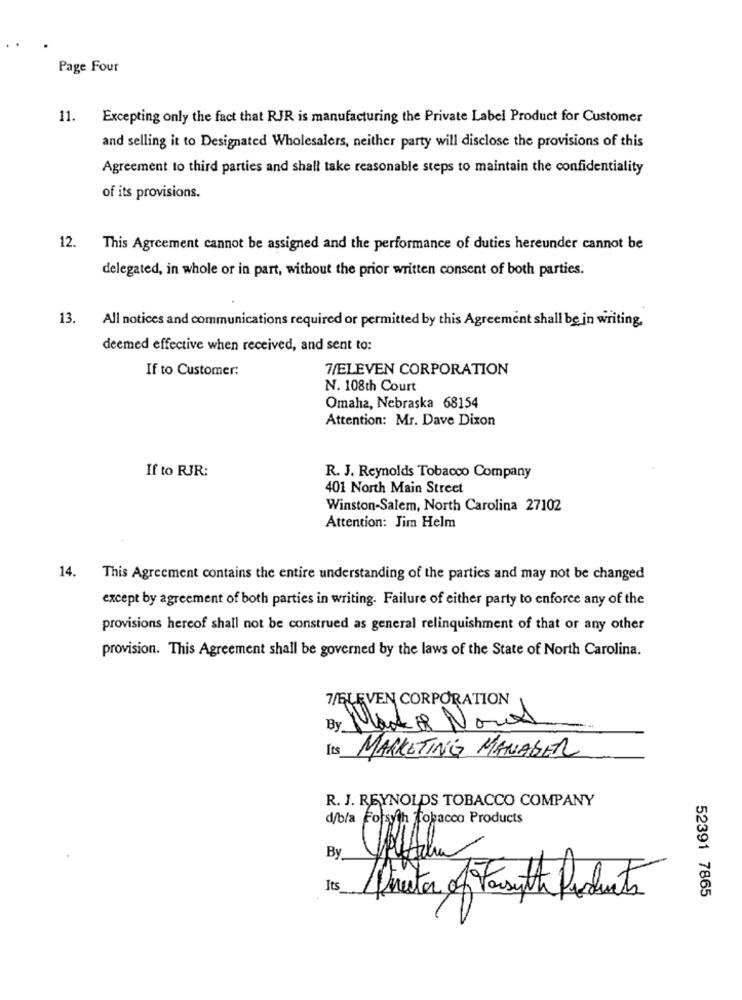
Page Four
11.
Excepting only the fact that RJR is manufacturing the Private Label Product for Customer
and selling it to Designated Wholesalers, neither party will disclose the provisions of this
Agreement to third parties and shall take reasonable steps to maintain the confidentiality
of its provisions.
12.
This Agreement cannot be assigned and the performance of duties hereunder cannot be
delegated, in whole or in part, without the prior written consent of both parties.
13.
All notices and communications required or permitted by this Agreement shall be in writing.
deemed effective when received, and sent to:
If to Customer:
7/ELEVEN CORPORATION
N. 108th Court
Omaha, Nebraska 68154
Attention: Mr. Dave Dixon
If to RJR:
R. J. Reynolds Tobacco Company
401 North Main Street
Winston-Salem, North Carolina 27102
Attention: Jim Helm
14.
This Agreement contains the entire understanding of the parties and may not be changed
except by agreement of both parties in writing. Failure of either party to enforce any of the
provisions hereof shall not be construed as general relinquishment of that or any other
provision. This Agreement shall be governed by the laws of the State of North Carolina.
7/ELEVEN CORPORATION
A
By
Mads Nous
Its
MARKETING MANAGER
R. J. REYNOLDS TOBACCO COMPANY
d/bla Forsyth Tobacco Products
By
Its
Diretor of Forsyth Produits
52391 7865